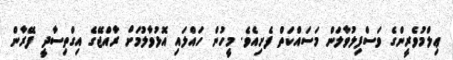
ޢިލްމުވެރީންގެ ވަސްފިލުވާލަން މަސައްކަތް ފެށިއެވެ. މީހުން ހައްލައި އޮޅުވާލުމަށް ރާއްޖޭގެ އިގްތިސާދީ ފޭރާން